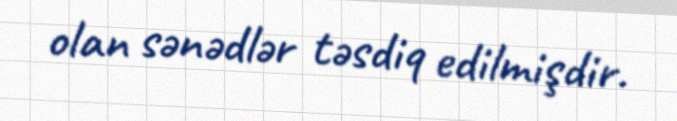
olan sənədlər təsdiq edilmişdir.